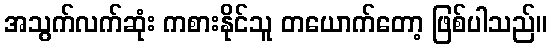
အသွက်လက်ဆုံး ကစားနိုင်သူ တယောက်တော့ ဖြစ်ပါသည်။